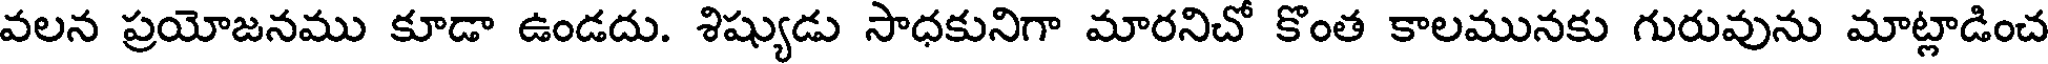
వలన ప్రయోజనము కూడా ఉండదు. శిష్యుడు సాధకునిగా మారనిచో కొంత కాలమునకు గురువును మాట్లాడించ